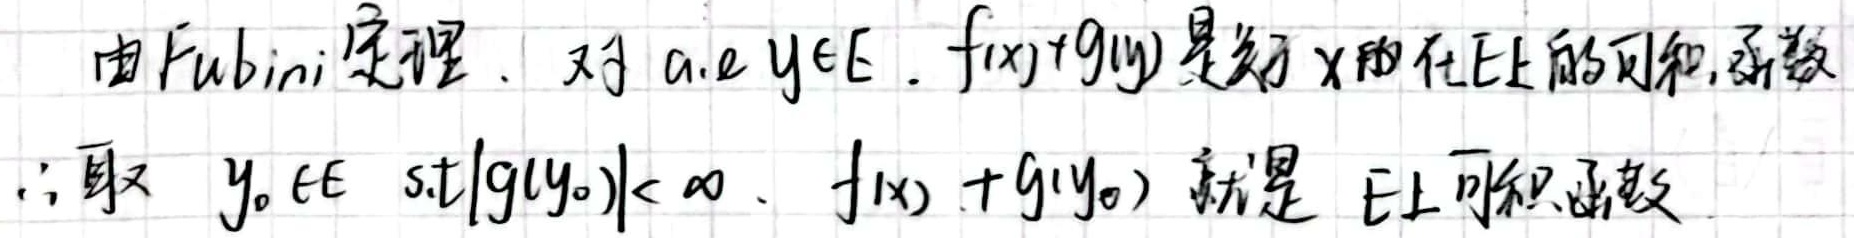
由Fubini定理. 对a.e $y\in E$. $f(x)+g(y)$是关于$x$的在$E$上的可和函数; 且取 $y_0\in E$ s.t $|g(y_0)|<\infty$. $f(x)+g(y_0)$ 就是 $E$上可积函数